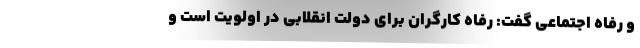
و رفاه اجتماعی گفت: رفاه کارگران برای دولت انقلابی در اولویت است و